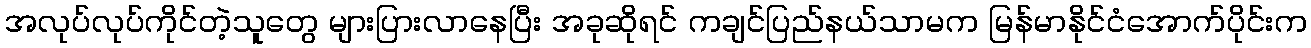
အလုပ်လုပ်ကိုင်တဲ့သူတွေ များပြားလာနေပြီး အခုဆိုရင် ကချင်ပြည်နယ်သာမက မြန်မာနိုင်ငံအောက်ပိုင်းက